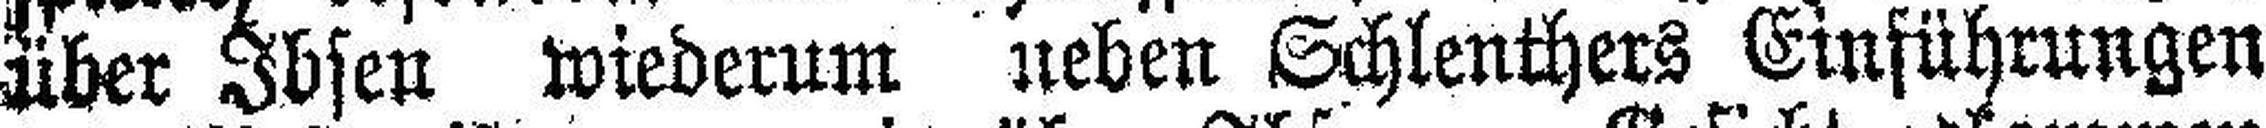
über Ibsen wiederum neben Schlenthers Einführungen